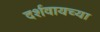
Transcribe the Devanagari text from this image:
दर्शवायच्या